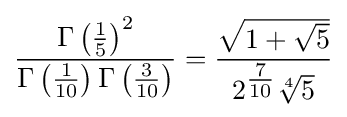
{\frac {\Gamma \left({\frac {1}{5}}\right)^{2}}{\Gamma \left({\frac {1}{10}}\right)\Gamma \left({\frac {3}{10}}\right)}}={\frac {\sqrt {1+{\sqrt {5}}}}{2^{\tfrac {7}{10}}{\sqrt[{4}]{5}}}}